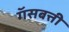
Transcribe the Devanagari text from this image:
गॅसबत्ती